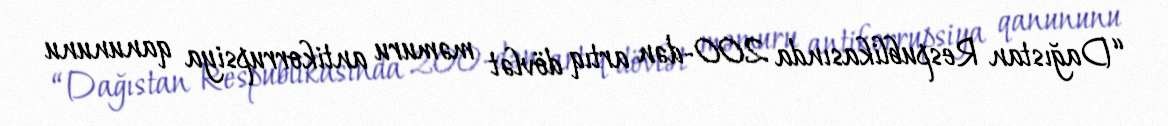
“Dağıstan Respublikasında 200-dən artıq dövlət məmuru antikorrupsiya qanununu